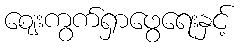
ဈေးကွက်ရှာဖွေရေးနှင့်